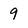
Character: 9